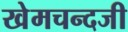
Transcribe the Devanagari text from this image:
खेमचन्दजी